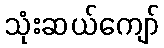
သုံးဆယ်ကျော်